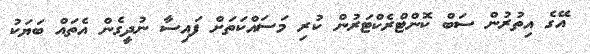
އޭގެ އިތުރުން ސަބް ކޮންޓްރެކްޓަރުން ކުރި މަސައްކަތަށް ފައިސާ ނުދީގެން އެތައް ބަޔަކު